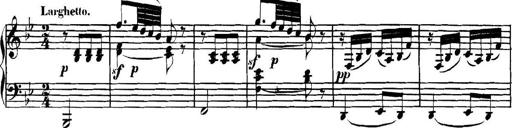
Title: Collected Piano Sonatas
Composer: Muzio Clementi